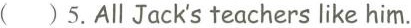
( )5.All Jack's teachers like him.